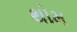
થોમ